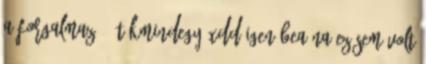
a forgalmazó:- tökmindegy XDD Igen Bea-na ez sem volt